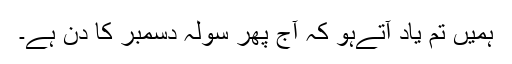
ہمیں تم یاد آتےہو کہ آج پھر سولہ دسمبر کا دن ہے۔